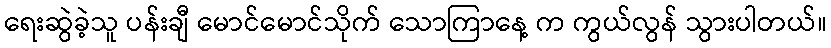
ရေးဆွဲခဲ့သူ ပန်းချီ မောင်မောင်သိုက် သောကြာနေ့ က ကွယ်လွန် သွားပါတယ်။